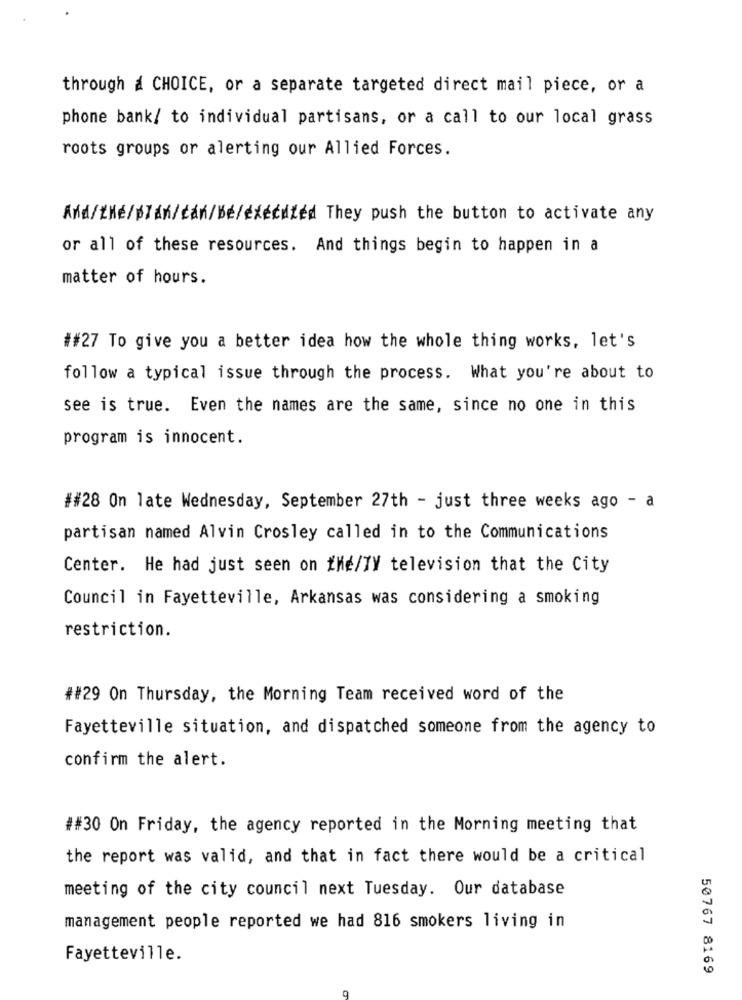
through a CHOICE, or a separate targeted direct mail piece, or a
phone bank/ to individual partisans, or a call to our local grass
roots groups or alerting our Allied Forces.
And/Né/plán/cán/bé/éxéćdéd They push the button to activate any
or all of these resources. And things begin to happen in a
matter of hours.
##27 To give you a better idea how the whole thing works, let's
follow a typical issue through the process. What you're about to
see is true. Even the names are the same, since no one in this
program is innocent.
##28 On late Wednesday, September 27th - just three weeks ago - a
partisan named Alvin Crosley called in to the Communications
Center. He had just seen on the/IY television that the City
Council in Fayetteville, Arkansas was considering a smoking
restriction.
##29 On Thursday, the Morning Team received word of the
Fayetteville situation, and dispatched someone from the agency to
confirm the alert.
##30 On Friday, the agency reported in the Morning meeting that
the report was valid, and that in fact there would be a critical
meeting of the city council next Tuesday. Our database
management people reported we had 816 smokers living in
Fayetteville.
50767 8169